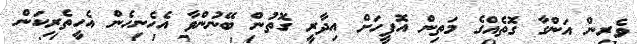
ވެރިން އަންގާ ގޮތެއްގެ މަތިން އޮފީހަށް އިދާރީ ގޮތުން ބޭނުންވާ އެހެނިހެން އެހީތެރިކަން